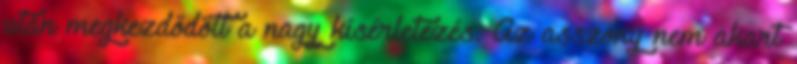
után megkezdődött a nagy kísérletezés. Az asszony nem akart